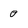
Character: 0